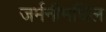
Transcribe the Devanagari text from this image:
जर्मनीमधिल